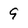
Character: 9